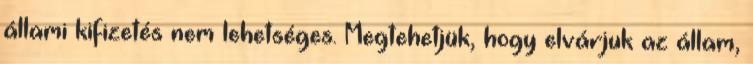
állami kifizetés nem lehetséges. Megtehetjük, hogy elvárjuk az állam,